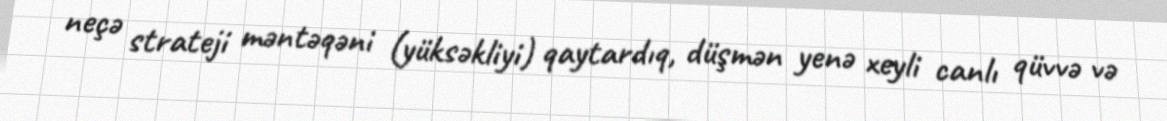
neçə strateji məntəqəni (yüksəkliyi) qaytardıq, düşmən yenə xeyli canlı qüvvə və